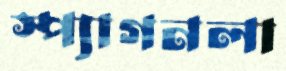
স্প্যাগনলা